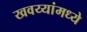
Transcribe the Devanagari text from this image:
खवय्यांमध्ये